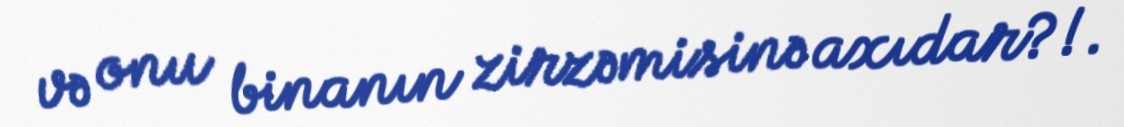
və onu binanın zirzəmisinə axıdar?!.